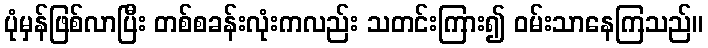
ပုံမှန်ဖြစ်လာပြီး တစ်စခန်းလုံးကလည်း သတင်းကြား၍ ဝမ်းသာနေကြသည်။